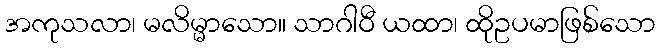
အကုသလာ၊ မလိမ္မာသော။ သာဂါဝီ ယထာ၊ ထိုဥပမာဖြစ်သော